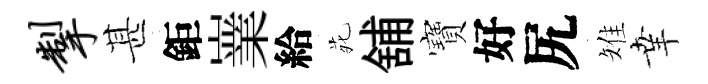
掣甚鉅嶪給𫟍舖寶好尻雉𦍒